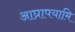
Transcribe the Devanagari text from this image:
आघ्रापयामि